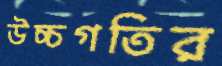
উচ্চগতির